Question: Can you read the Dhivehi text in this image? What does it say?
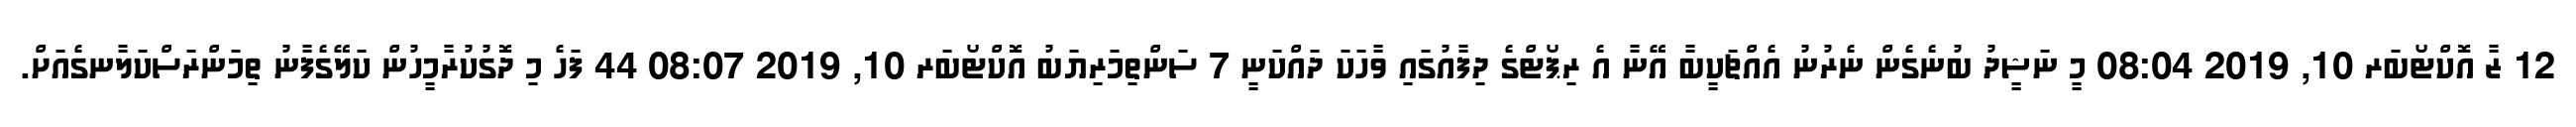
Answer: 12 ޒާ އޮކްޓޯބަރ 10, 2019 08:04 މީ ނަޝީދު ބުނެގެން ނެރުނު އެއްޗަކީބާ އޭނާ އެ ރިޕޯޓްގެ ދިފާއުގައި ވާހަކަ ދައްކަނީ 7 ސަންތިމަރިޔަބު އޮކްޓޯބަރ 10, 2019 08:07 44 ފަހެ މި ދޮގުކުރާމީހުން ކަލޭގެފާނު ތިމަންރަސްކަލާނގެއަށް.